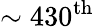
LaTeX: \sim 430^{\mathrm{{th}}}